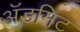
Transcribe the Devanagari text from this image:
ॲडमिट